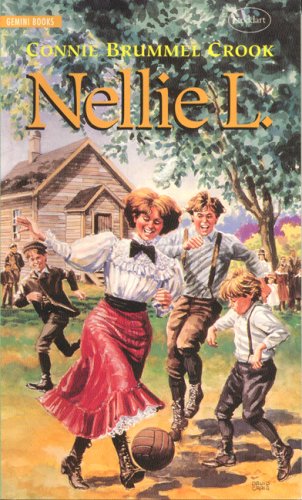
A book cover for Nellie L (Nellie McClung); C Crook; Teen & Young Adult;